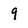
Character: 9